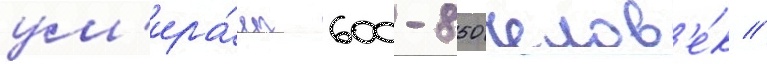
ум'ира́ет 600-850 челов'е́к //